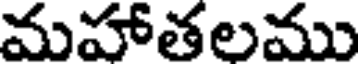
మహాతలము